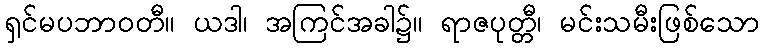
ရှင်မပဘာဝတီ။ ယဒါ၊ အကြင်အခါ၌။ ရာဇပုတ္တီ၊ မင်းသမီးဖြစ်သော